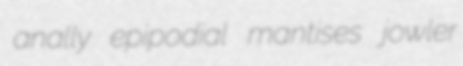
anally epipodial mantises jowler